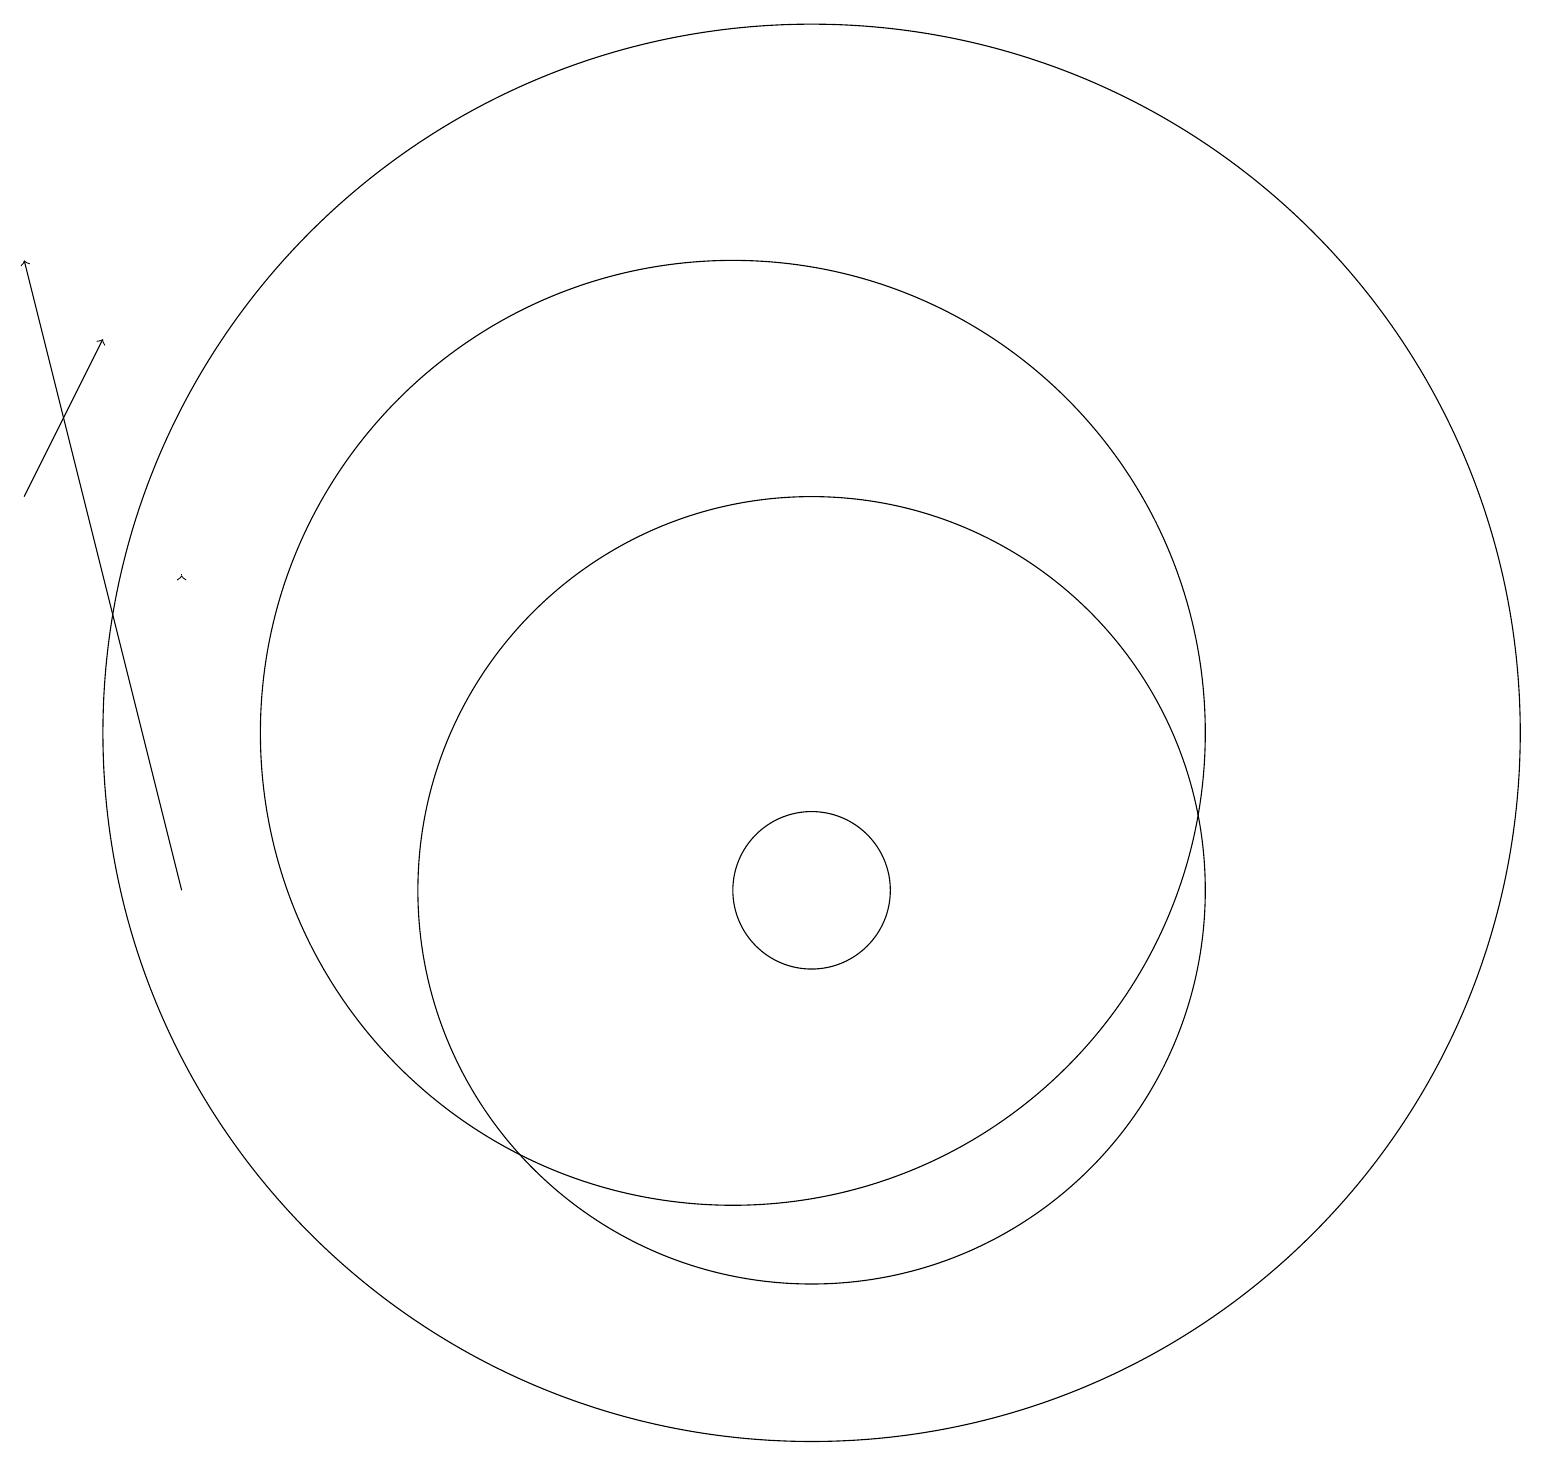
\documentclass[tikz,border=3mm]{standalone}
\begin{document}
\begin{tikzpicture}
\draw (11,12) circle (9);
\draw[->] (3,14) -- (3,14);
\draw (11,10) circle (1);
\draw[->] (3,10) -- (1,18);
\draw[->] (1,15) -- (2,17);
\draw (11,10) circle (5);
\draw (10,12) circle (6);
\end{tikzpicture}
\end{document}